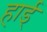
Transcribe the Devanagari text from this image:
हार्ड्